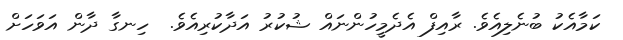
ކަމާއެކު ބުނެލިއެވެ. ރާއިފް އެދެމީހުންނައް ޝުކުރު އަދާކުރިއެވެ.  ހިނގާ ދާން އަވަހަށް